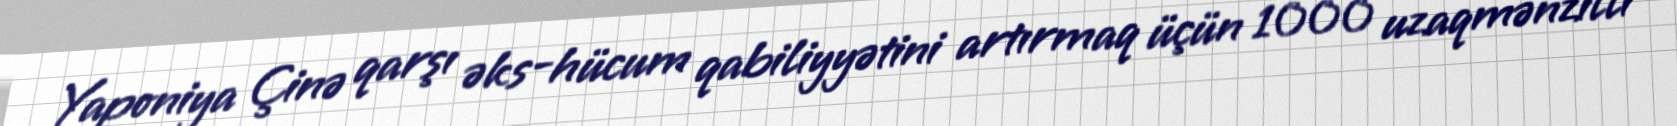
Yaponiya Çinə qarşı əks-hücum qabiliyyətini artırmaq üçün 1000 uzaqmənzilli